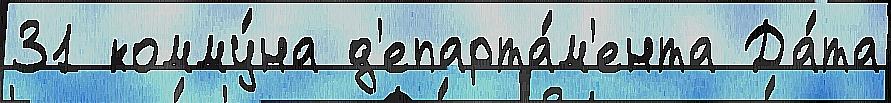
31 комму́на д'епарта́м'ента Да́та